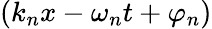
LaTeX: (k_{n}x-\omega_{n}t+\varphi_{n})